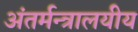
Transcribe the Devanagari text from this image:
अंतर्मन्त्रालयीय